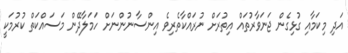
އަދި މިކަމާއި ގުޅިގެން ޖަނަވާރުތައް އިތުރަށް ނުރައްކާތެރިވެ އިންސާނުންނަށް ހަމަލާދޭން މަސައްކަތް ކުރުމަކީ